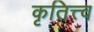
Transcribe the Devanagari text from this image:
कृतित्त्व